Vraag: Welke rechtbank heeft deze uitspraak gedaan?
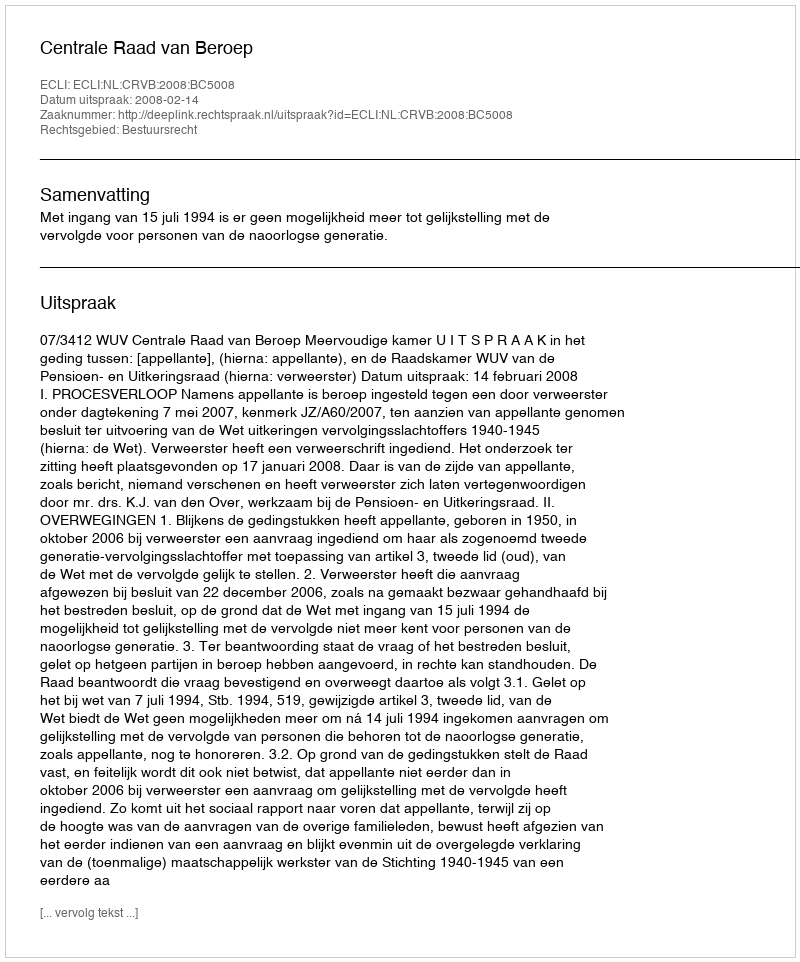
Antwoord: Centrale Raad van Beroep